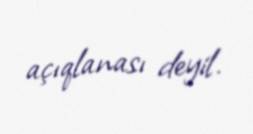
açıqlanası deyil.